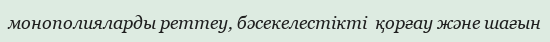
монополияларды реттеу, бәсекелестікті  қорғау және шағын